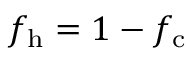
f _ { \mathrm { h } } = 1 - f _ { \mathrm { c } }